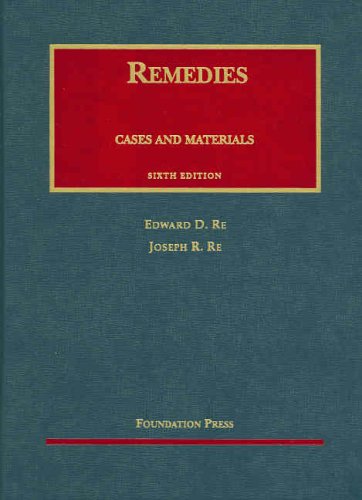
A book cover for Remedies Cases and Materials, Sixth Edition (University Casebooks); Edward D. Re; Law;